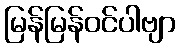
မြန်မြန်ဝင်ပါဗျာ